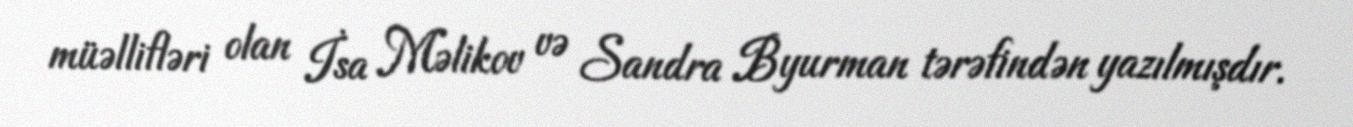
müəllifləri olan İsa Məlikov və Sandra Byurman tərəfindən yazılmışdır.